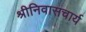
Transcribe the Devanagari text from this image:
श्रीनिवासचार्य